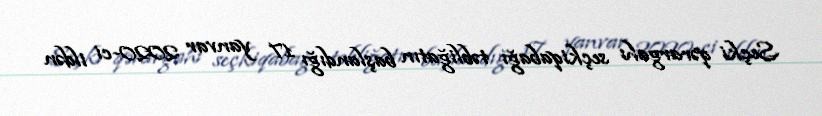
Seçki qərargahı seçkiqabağı təbliğatın başlandığı 17 yanvar 2020-ci ildən